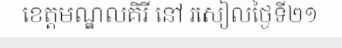
ខេត្តមណ្ឌលគិរី នៅ រសៀលថ្ងៃទី២១